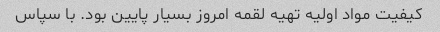
کیفیت مواد اولیه تهیه لقمه امروز بسیار پایین بود. با سپاس